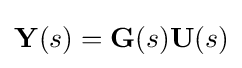
\mathbf {Y} (s)=\mathbf {G} (s)\mathbf {U} (s)